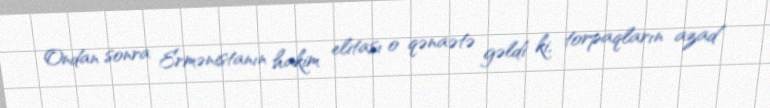
Ondan sonra Ermənistanın hakim elitası o qənaətə gəldi ki, torpaqların azad